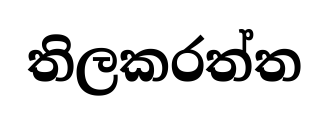
තිලකරත්ත